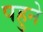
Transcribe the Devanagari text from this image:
पहुने